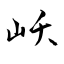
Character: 岆